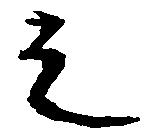
之